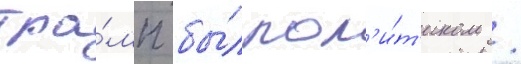
тра́мп бы́л пол'и́т'иком /